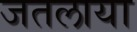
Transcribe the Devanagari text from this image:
जतलाया